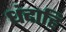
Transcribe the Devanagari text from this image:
धंदाहि